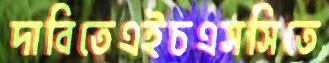
দাবিতেএইচএসসিতে